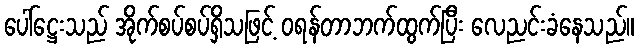
ပေါ်ဋ္ဌေးသည် အိုက်စပ်စပ်ရှိသဖြင့် ဝရန်တာဘက်ထွက်ပြီး လေညင်းခံနေသည်။